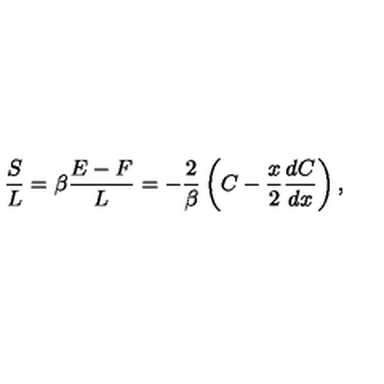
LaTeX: { \frac { S } { L } } = \beta { \frac { E - F } { L } } = - { \frac { 2 } { \beta } } \left( C - { \frac { x } { 2 } } { \frac { d C } { d x } } \right) ,